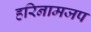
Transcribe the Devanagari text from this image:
हरिनामजप